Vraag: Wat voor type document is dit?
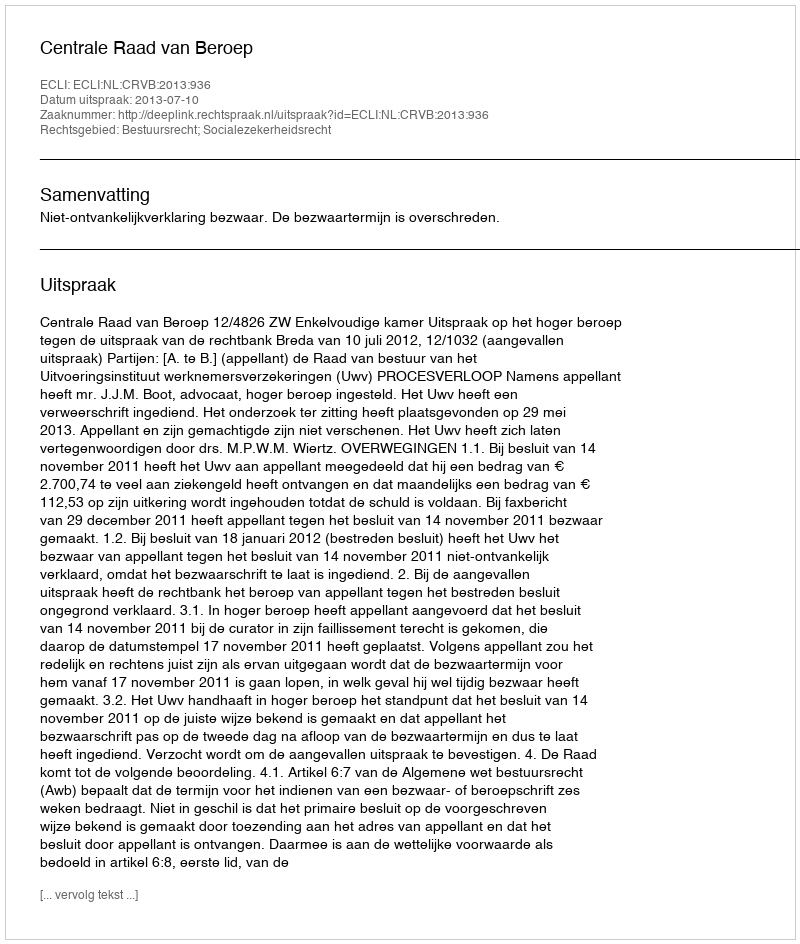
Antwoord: Uitspraak